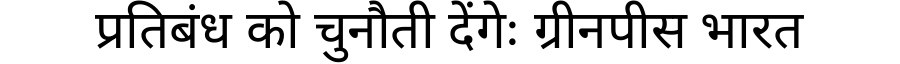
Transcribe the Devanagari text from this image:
प्रतिबंध को चुनौती देंगेः ग्रीनपीस भारत